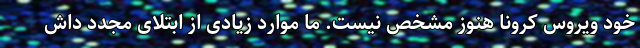
خود ویروس کرونا هنوز مشخص نیست. ما موارد زیادی از ابتلای مجدد داش